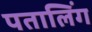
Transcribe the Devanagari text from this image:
पतालिंग